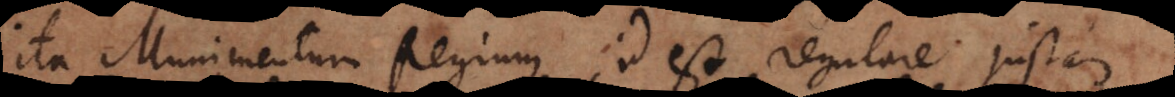
Ita Munimentum Regium, id est regulare justam